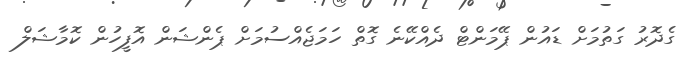
ގެދޮރު ގަތުމަށް ޑައުން ޕޭމަންޓް ދެއްކޭނެ ގޮތް ހަމަޖެއްސުމަށް ޕެންޝަން އޮފީހުން ކޮމާޝަލް